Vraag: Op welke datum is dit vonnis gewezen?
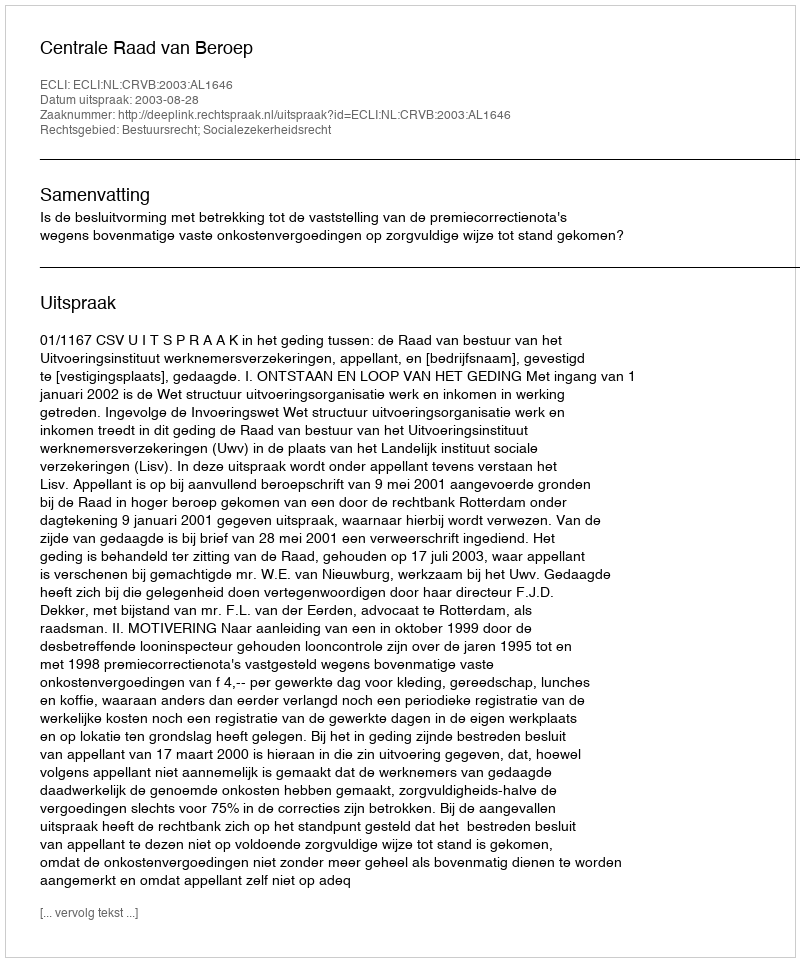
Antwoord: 2003-08-28